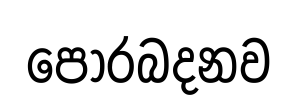
පොරබදනව